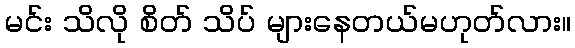
မင်း သိလို စိတ် သိပ် များနေတယ်မဟုတ်လား။